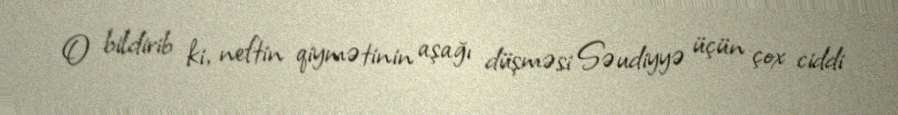
O bildirib ki, neftin qiymətinin aşağı düşməsi Səudiyyə üçün çox ciddi